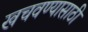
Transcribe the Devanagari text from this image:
खचवण्यासाठी